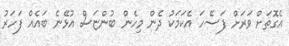
އެގޮތަށް ވަރަށް ފަސޭހަ އެކަމަކު ދެން މިހެން ބުންޏަސް އުޅޭނެ ބައެއް ފަހަރު